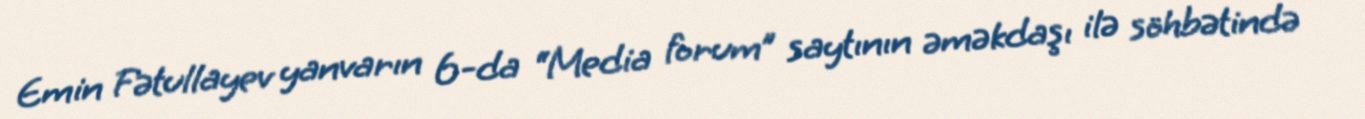
Emin Fətullayev yanvarın 6-da “Media forum” saytının əməkdaşı ilə söhbətində